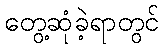
တွေ့ဆုံခဲ့ရာတွင်